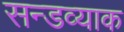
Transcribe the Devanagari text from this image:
सन्डव्याक